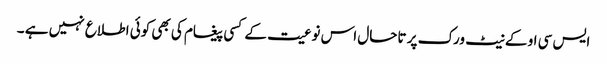
ایس سی او کے نیٹ ورک پر تاحال اس نوعیت کے کسی پیغام کی بھی کوئی اطلاع نہیں ہے ۔